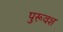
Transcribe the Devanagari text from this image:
पुरूवश